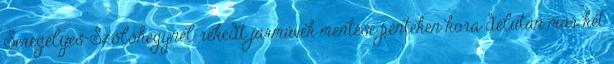
Seregélyes-Szőlőhegynél rekedt járművek mentése pénteken kora délután már két